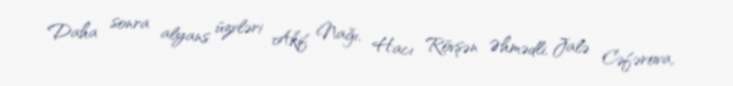
Daha sonra alyans üzvləri Akif Nağı, Hacı Rövşən Əhmədli, Jalə Cəfərova,